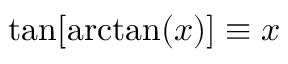
\tan [ \arctan ( x ) ] \equiv x